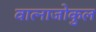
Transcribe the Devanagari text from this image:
वात्नाजोकुल